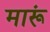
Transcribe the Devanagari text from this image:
मारूं